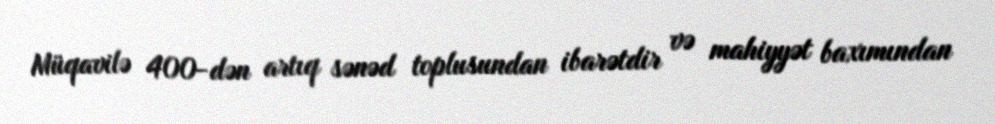
Müqavilə 400-dən artıq sənəd toplusundan ibarətdir və mahiyyət baxımından